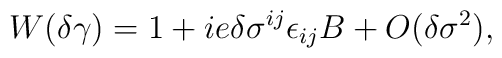
W(\delta\gamma)=1+ie\delta\sigma^{ij}\epsilon_{ij}B+O(\delta\sigma^2),